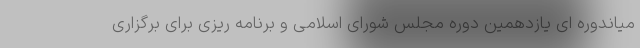
میاندوره ای یازدهمین دوره مجلس شورای اسلامی و برنامه ریزی برای برگزاری